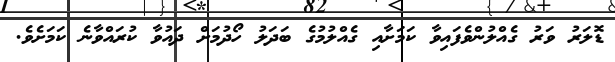
ޑޮލަރު ވަރު ގެއްލުންވެފައިވާ ކަމަށާއި ގެއްލުމުގެ ބަދަލު ހޯދުމަށް ދައުވާ ކުރައްވާނެ ކަމަށެވެ.